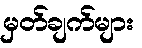
မှတ်ချက်များ